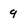
Character: 9